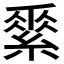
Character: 𦃃